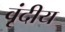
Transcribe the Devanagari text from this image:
वृंदीय